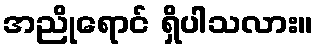
အညိုရောင် ရှိပါသလား။